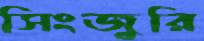
সিংজুরি